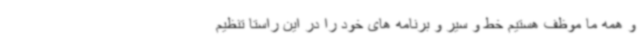
و همه ما موظف هستیم خط و سیر و برنامه های خود را در این راستا تنظیم